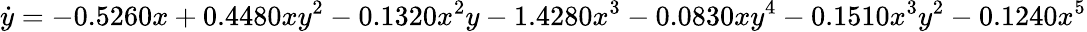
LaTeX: \dot{y}=-0.5260x+0.4480xy^{2}-0.1320x^{2}y-1.4280x^{3}-0.0830xy^{4}-0.1510x^{3}y^{2}-0.1240x^{5}